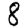
Digit: 8